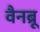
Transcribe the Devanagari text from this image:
वैनब्रू